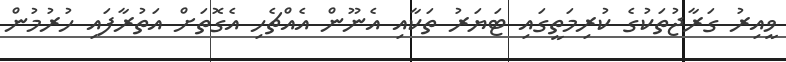
ވީއިރު ގަރާޖުތަކުގެ ކުރިމަތީގައި ޓަޔަރު ތަކާއި އެނޫން އެއްޗެހި އެގޮތަށް އަތުރާފައި ހުރުމުން